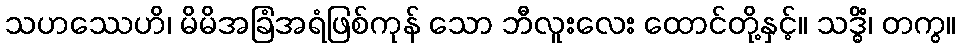
သဟဿေဟိ၊ မိမိအခြံအရံဖြစ်ကုန် သော ဘီလူးလေး ထောင်တို့နှင့်။ သဒ္ဓိံ၊ တကွ။